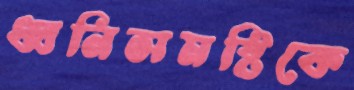
ধ্বনিসমষ্টিকে